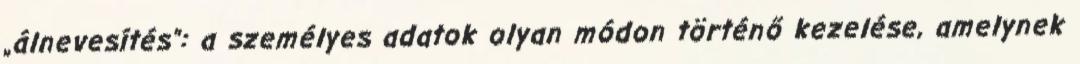
„álnevesítés”: a személyes adatok olyan módon történő kezelése, amelynek